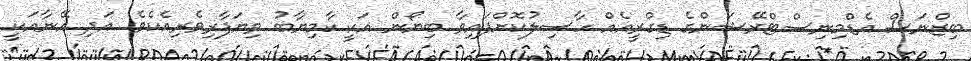
ބިޒްނަސް އެޑްމިނިސްޓްރޭޝަންގެ ޑިގްރީއެއް ހާސިލުކޮށްފައިވާ ބިޔޯން އަކީ ކާމިޔާބު ވިޔަފާރިވެރިއެކެވެ. އަދި އޭނާއަކީ